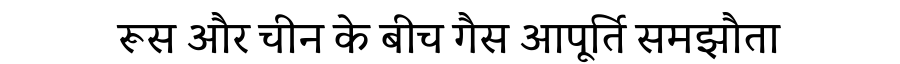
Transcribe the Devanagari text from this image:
रूस और चीन के बीच गैस आपूर्ति समझौता